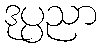
ဒုပ္ပညာ